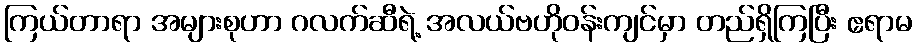
ကြယ်တာရာ အများစုဟာ ဂလက်ဆီရဲ့ အလယ်ဗဟိုဝန်းကျင်မှာ တည်ရှိကြပြီး ဧရာမ